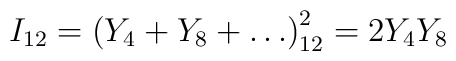
I_{12} = \left(Y_4 + Y_8 + \ldots \right)_{12}^2 = 2 Y_4 Y_8